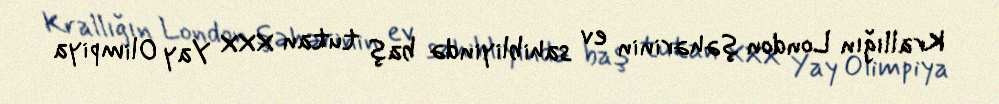
Krallığın London şəhərinin ev sahibliyində baş tutan XXX Yay Olimpiya